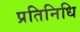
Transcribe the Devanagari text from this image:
प्रतिनिधि